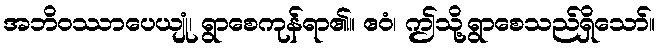
အဘိဝဿာပေယျုံ၊ ရွာစေကုန်ရာ၏။ ဧဝံ၊ ဤသို့ရွာစေသည်ရှိသော်။